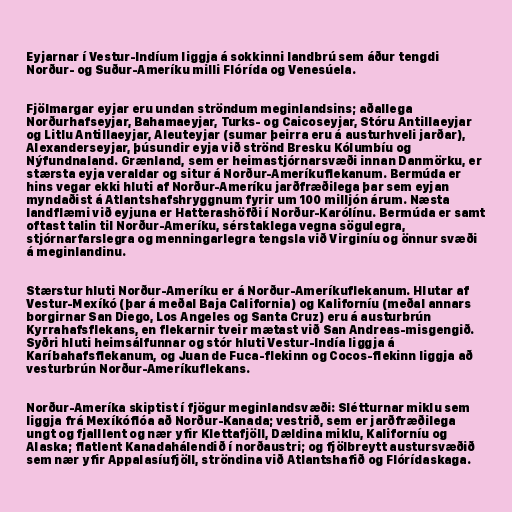
Eyjarnar í Vestur-Indíum liggja á sokkinni landbrú sem áður tengdi
Norður- og Suður-Ameríku milli Flórída og Venesúela.

Fjölmargar eyjar eru undan ströndum meginlandsins; aðallega
Norðurhafseyjar, Bahamaeyjar, Turks- og Caicoseyjar, Stóru Antillaeyjar
og Litlu Antillaeyjar, Aleuteyjar (sumar þeirra eru á austurhveli jarðar),
Alexanderseyjar, þúsundir eyja við strönd Bresku Kólumbíu og
Nýfundnaland. Grænland, sem er heimastjórnarsvæði innan Danmörku, er
stærsta eyja veraldar og situr á Norður-Ameríkuflekanum. Bermúda er
hins vegar ekki hluti af Norður-Ameríku jarðfræðilega þar sem eyjan
myndaðist á Atlantshafshryggnum fyrir um 100 milljón árum. Næsta
landflæmi við eyjuna er Hatterashöfði í Norður-Karólínu. Bermúda er samt
oftast talin til Norður-Ameríku, sérstaklega vegna sögulegra,
stjórnarfarslegra og menningarlegra tengsla við Virginíu og önnur svæði
á meginlandinu.

Stærstur hluti Norður-Ameríku er á Norður-Ameríkuflekanum. Hlutar af
Vestur-Mexíkó (þar á meðal Baja California) og Kaliforníu (meðal annars
borgirnar San Diego, Los Angeles og Santa Cruz) eru á austurbrún
Kyrrahafsflekans, en flekarnir tveir mætast við San Andreas-misgengið.
Syðri hluti heimsálfunnar og stór hluti Vestur-Indía liggja á
Karíbahafsflekanum, og Juan de Fuca-flekinn og Cocos-flekinn liggja að
vesturbrún Norður-Ameríkuflekans.

Norður-Ameríka skiptist í fjögur meginlandsvæði: Slétturnar miklu sem
liggja frá Mexíkóflóa að Norður-Kanada; vestrið, sem er jarðfræðilega
ungt og fjalllent og nær yfir Klettafjöll, Dældina miklu, Kaliforníu og
Alaska; flatlent Kanadahálendið í norðaustri; og fjölbreytt austursvæðið
sem nær yfir Appalasíufjöll, ströndina við Atlantshafið og Flórídaskaga.